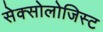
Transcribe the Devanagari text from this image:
सेक्सोलोजिस्ट